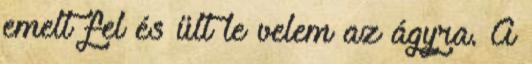
emelt fel és ült le velem az ágyra. A